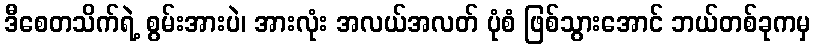
ဒီစေတသိက်ရဲ့ စွမ်းအားပဲ၊ အားလုံး အလယ်အလတ် ပုံစံ ဖြစ်သွားအောင် ဘယ်တစ်ခုကမှ